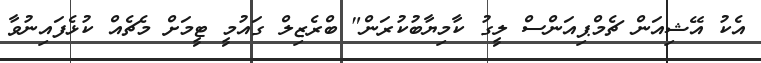
އެކު އޭޝިއަން ޗެމްޕިއަންސް ލީގު ކާމިޔާބުކުރަން" ބްރެޒިލް ގައުމީ ޓީމަށް މެޗެއް ކުޅެފައިނުވާ